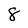
Character: 8